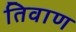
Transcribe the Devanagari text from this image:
तिवाण